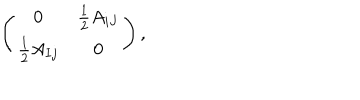
\left( \begin{array} { c c } { { 0 } } & { { { \frac { 1 } { 2 } } A _ { i J } } } \\ { { { \frac { 1 } { 2 } } A _ { I j } } } & { { 0 } } \\ \end{array} \right) ,